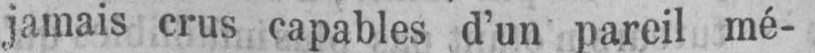
jamais crus capables d’un pareil mé-